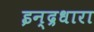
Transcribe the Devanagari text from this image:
इन्द्रधारा